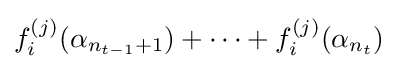
f_{i}^{(j)}(\alpha _{n_{t-1}+1})+\cdots +f_{i}^{(j)}(\alpha _{n_{t}})